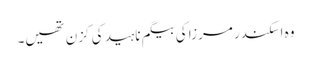
وہ اسکندر مرزا کی بیگم ناہید کی کزن تھیں۔